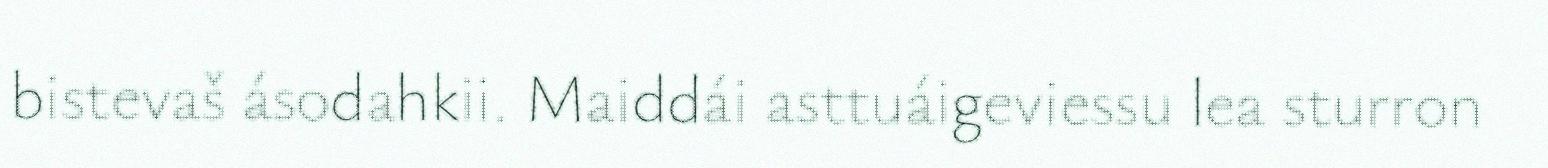
bistevaš ásodahkii. Maiddái asttuáigeviessu lea sturron